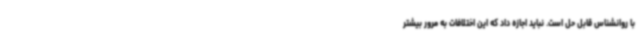
با روانشناس قابل حل است. نباید اجازه داد که این اختلافات به مرور بیشتر